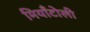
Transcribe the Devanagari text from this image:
मियाँटोली